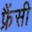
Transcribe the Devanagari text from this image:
फ्रैंसी